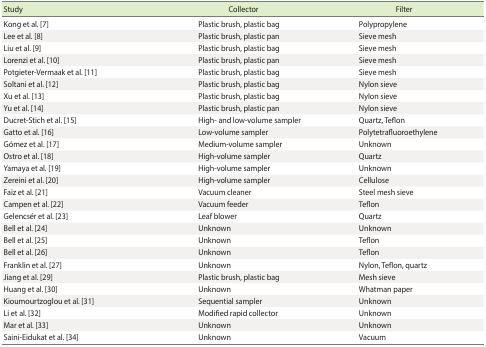
| Study | Collector | Filter |
 | --- | --- | --- |
 | Kong et al. [7] | Plastic brush, plastic bag | Polypropylene |
 | Lee et al. [8] | Plastic brush, plastic pan | Sieve mesh |
 | Liu et al. [9] | Plastic brush, plastic bag | Sieve mesh |
 | Lorenzi et al. [10] | Plastic brush, plastic pan | Sieve mesh |
 | Potgieter-Vermaak et al. [11] | Plastic brush, plastic bag | Sieve mesh |
 | Soltani et al. [12] | Plastic brush, plastic bag | Nylon sieve |
 | Xu et al. [13] | Plastic brush, plastic bag | Nylon sieve |
 | Yu et al. [14] | Plastic brush, plastic pan | Nylon sieve |
 | Ducret-Stich et al. [15] | High- and low-volume sampler | Quartz, Teflon |
 | Gatto et al. [16] | Low-volume sampler | Polytetrafluoroethylene |
 | Gómez et al. [17] | Medium-volume sampler | Unknown |
 | Ostro et al. [18] | High-volume sampler | Quartz |
 | Yamaya et al. [19] | High-volume sampler | Unknown |
 | Zereini et al. [20] | High-volume sampler | Cellulose |
 | Faiz et al. [21] | Vacuum cleaner | Steel mesh sieve |
 | Campen et al. [22] | Vacuum feeder | Teflon |
 | Gelencsér et al. [23] | Leaf blower | Quartz |
 | Bell et al. [24] | Unknown | Unknown |
 | Bell et al. [25] | Unknown | Teflon |
 | Bell et al. [26] | Unknown | Teflon |
 | Franklin et al. [27] | Unknown | Nylon, Teflon, quartz |
 | Jiang et al. [29] | Plastic brush, plastic bag | Mesh sieve |
 | Huang et al. [30] | Unknown | Whatman paper |
 | Kioumourtzoglou et al. [31] | Sequential sampler | Unknown |
 | Li et al. [32] | Modified rapid collector | Unknown |
 | Mar et al. [33] | Unknown | Unknown |
 | Saini-Eidukat et al. [34] | Unknown | Vacuum |